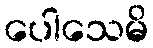
ပေါသေမိ